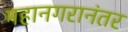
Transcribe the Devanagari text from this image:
महानगरानंतर